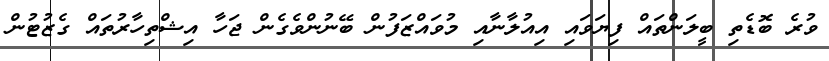
ވުރެ ބޮޑެތި ބީލަންތައް ފިޔަވައި އިއުލާނާއި މުވައްޒަފުން ބޭނުންވެގެން ޖަހާ އިޝްތިހާރުތައް ގެޒުޓުން